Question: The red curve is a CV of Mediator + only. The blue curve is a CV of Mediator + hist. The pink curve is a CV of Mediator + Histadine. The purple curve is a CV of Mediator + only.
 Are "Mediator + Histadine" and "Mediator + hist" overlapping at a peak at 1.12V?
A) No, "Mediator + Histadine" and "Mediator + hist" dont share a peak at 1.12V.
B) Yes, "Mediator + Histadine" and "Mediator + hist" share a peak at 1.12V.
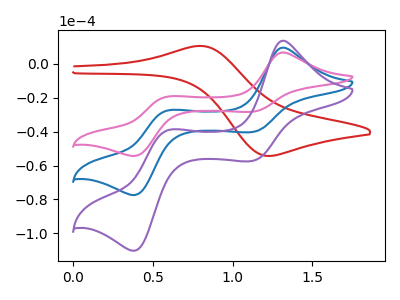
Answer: <think>The red curve "Mediator + only" has an anodic peak at (0.80V, 10.55uA) and a cathodic peak at (1.20V, -54.35uA). The blue curve "Mediator + hist" has anodic peaks at (1.30V, 9.65uA) (0.60V, -27.50uA) and cathodic peaks at (1.10V, -40.20uA) (0.40V, -77.45uA). The pink curve "Mediator + Histadine" has anodic peaks at (1.30V, 6.75uA) (0.60V, -19.30uA) and cathodic peaks at (1.10V, -28.20uA) (0.40V, -54.35uA). The purple curve "Mediator + only" has anodic peaks at (1.30V, 19.30uA) (0.60V, -54.95uA) and cathodic peaks at (1.10V, -80.40uA) (0.40V, -154.85uA).</think>
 <answer>B) Yes, "Mediator + Histadine" and "Mediator + hist" share a peak at 1.12V.</answer>
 <eval>B</eval>